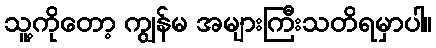
သူ့ကိုတော့ ကျွန်မ အများကြီးသတိရမှာပါ။